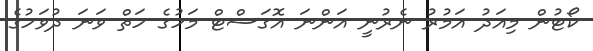
ކޯޓުން މިއަދު އަމުރު ނެރުނީ އަންނަ އޮގަސްޓް މަހުގެ ހަތް ވަނަ ދުވަހުގެ